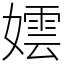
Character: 𡢅